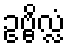
ဥဗ္ဗိလ္လံ